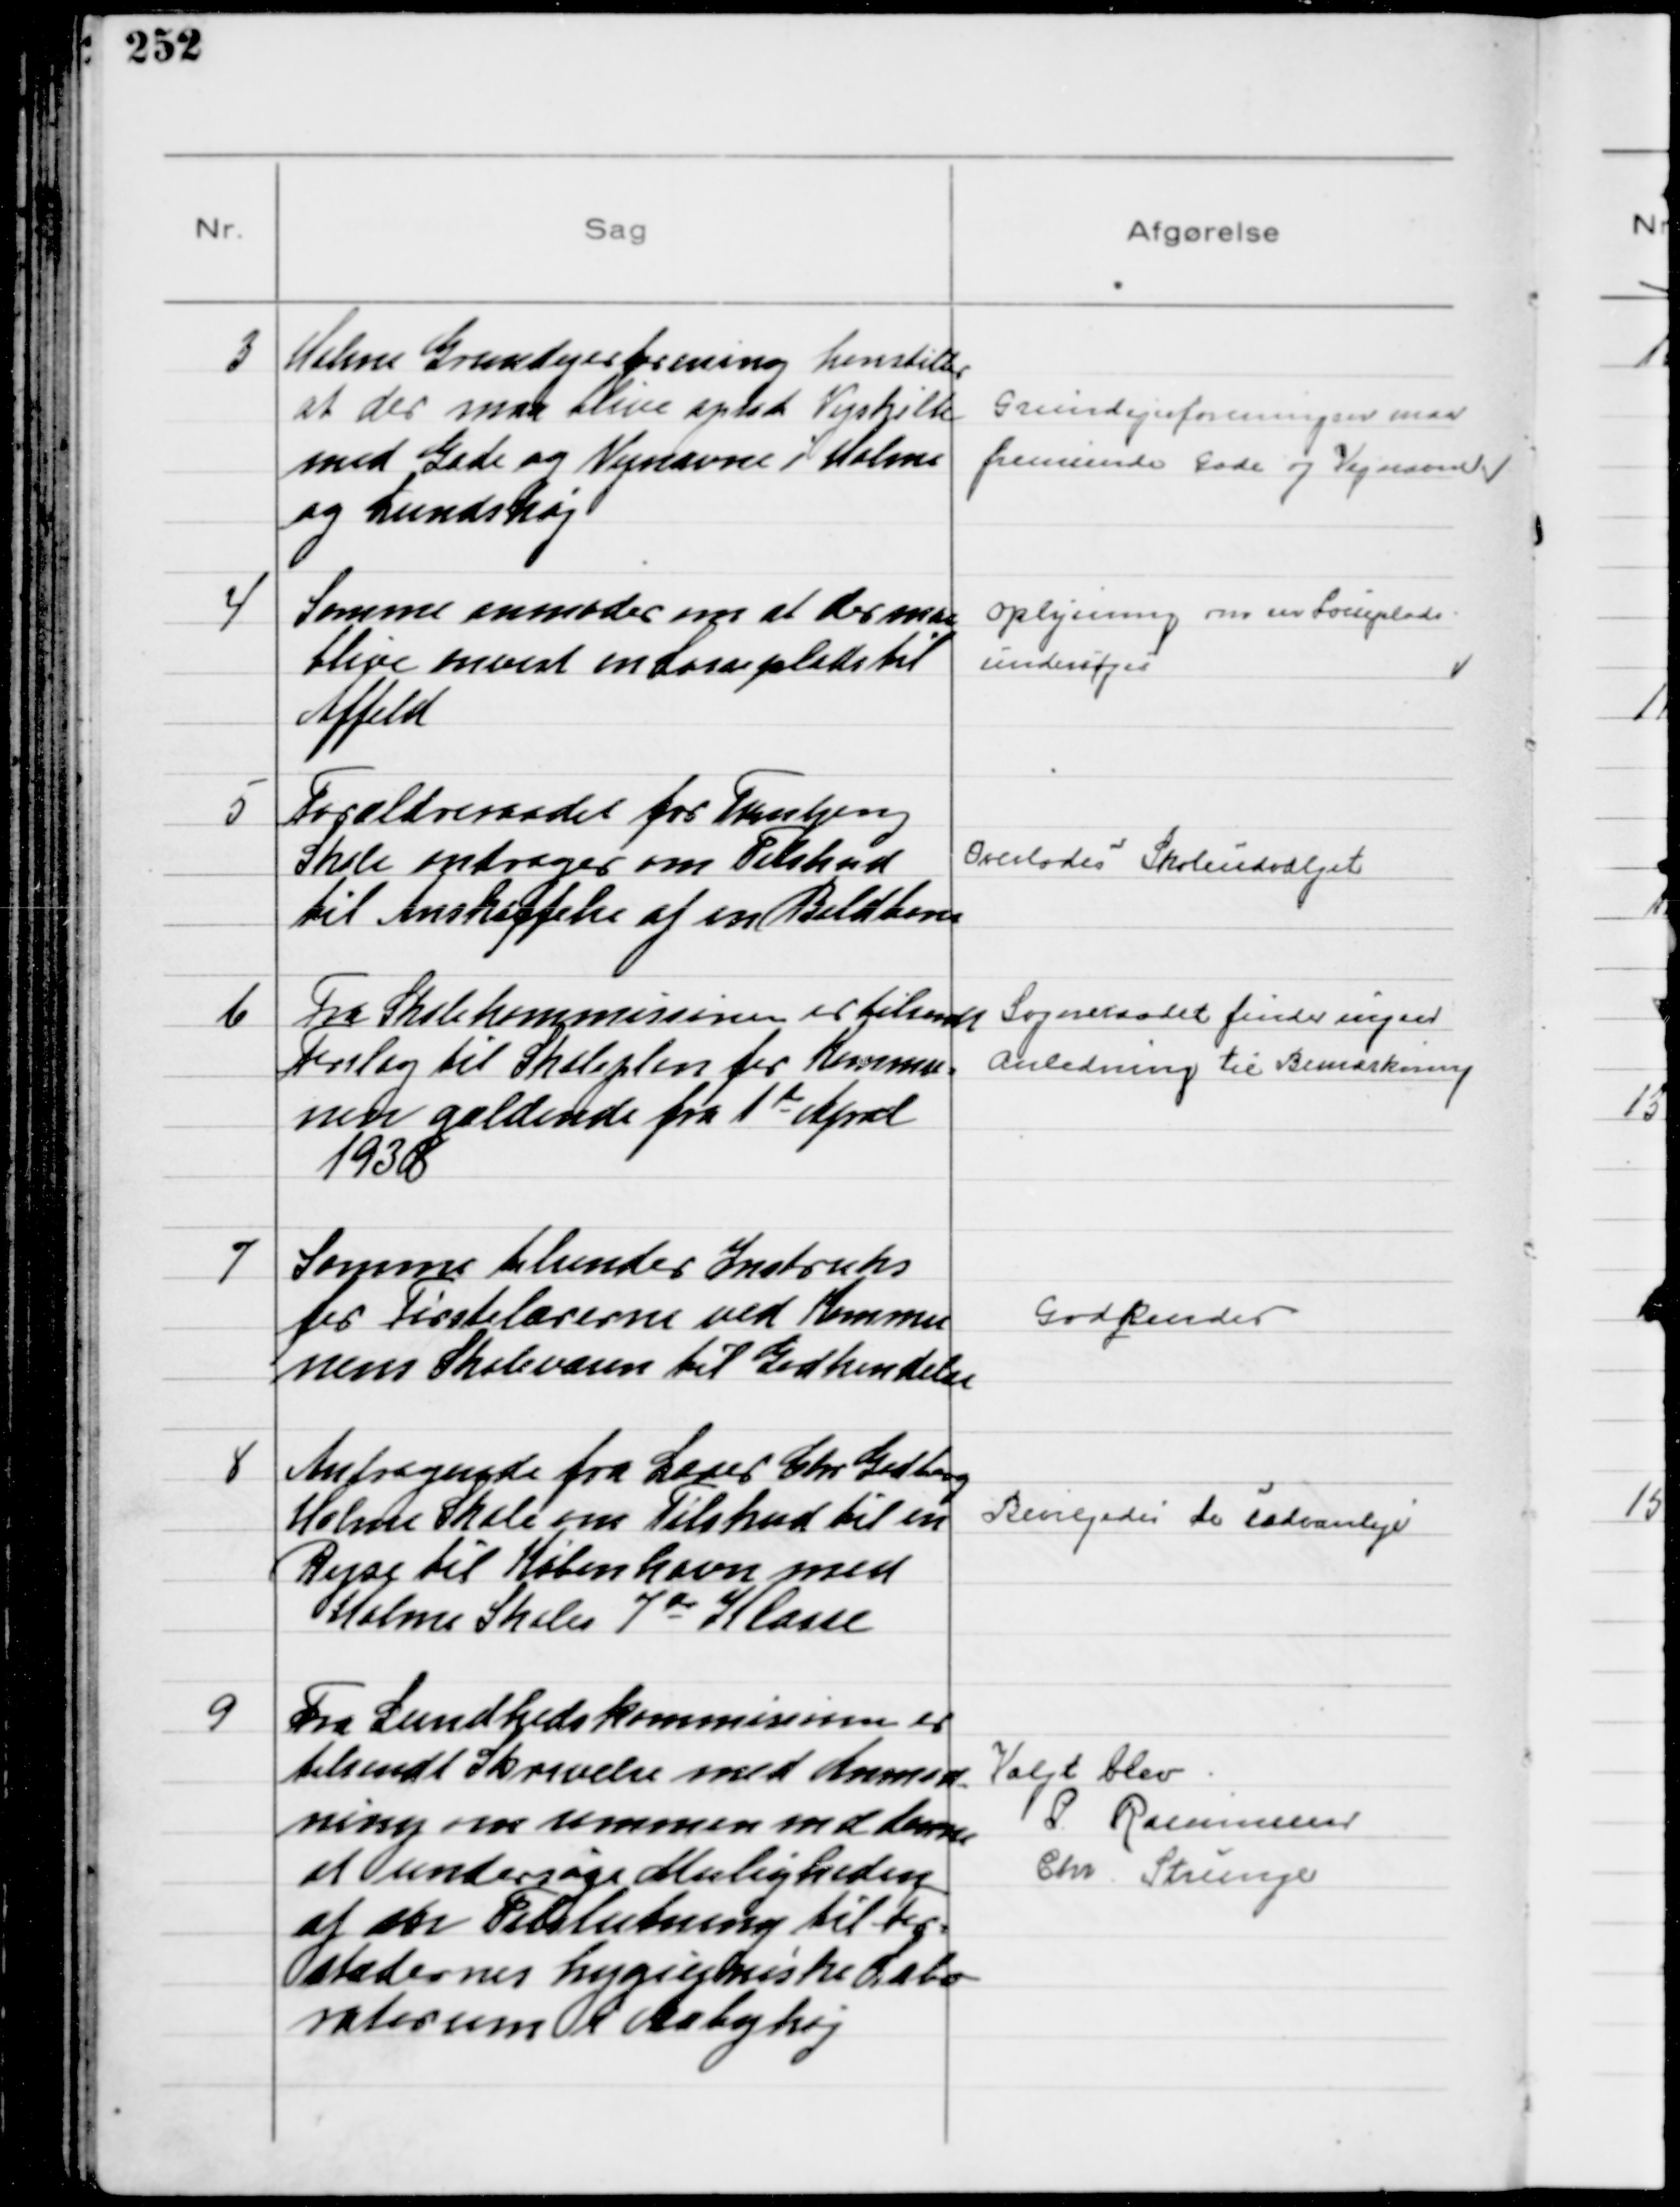
Transskription:
3
Holme Grundejerforening henstiller
at der maa blive opsat Vejskilte
med Gade og Vejnavne i Holme
og Lundshøj

Grundejerforeningen maa
fremsende Gade og Vejnavne

4
Samme anmoder om at der maa
blive anvist en Losseplads til
Affald

Oplysning om en Losseplads
Undersøges

5
Forældreraadet for Tranbjerg
Skole andrager om Tilskud
til Anskaffelse af en Boldbane

Overlodes Skoleudvalget

6
Fra Skolekommissionen er tilsendt
Forslag til Skoleplan for Kommu-
nen gældende fra 1st April
1938

Sogneraadet finder ingen
Anledning til Bemærkning

7
Samme tilsender Instruks
for Førstelærerne ved Kommu
nens Skolevæsen til Godkendelse

Godkendes

8
Andragende fra Lærer Chr Gadborg
Holme Skole om Tilskud til en
Rejse til København med
Holme Skoles 7de Klasse

Bevilgedes de sædvanlige

9
Fra Sundhedskommissionen er
tilsendt Skrivelse med Anmod-
ning om sammen med denne
at undersøge Muligheden
af en Tilslutning til For-
stædernes hygiejniske Labo
ratorium i Aabyhøj

Valgt blev
P Rsmussen
Chr. Strunge